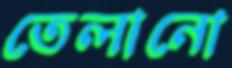
তেলানো